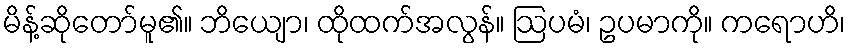
မိန့်ဆိုတော်မူ၏။ ဘိယျော၊ ထိုထက်အလွန်။ ဩပမံ၊ ဥပမာကို။ ကရောဟိ၊